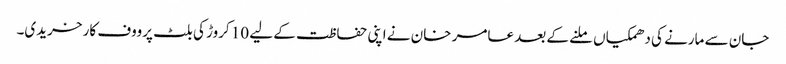
جان سے مارنے کی دھمکیاں ملنے کے بعد عامر خان نے اپنی حفاظت کے لیے 10 کروڑ کی بلٹ پرووف کار خریدی۔